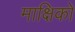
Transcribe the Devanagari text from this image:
माक्षिकों